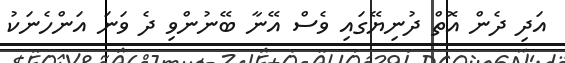
އަދި ދެން އޮތް ދުނިޔޭގައި ވެސް އޭނާ ބޭނުންވި ދެ ވަނަ އަންހެނަކު